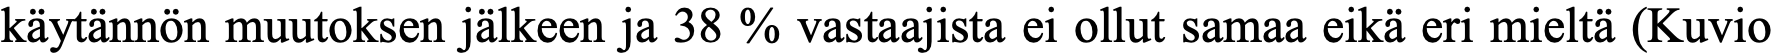
käytännön muutoksen jälkeen ja 38 % vastaajista ei ollut samaa eikä eri mieltä (Kuvio